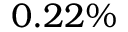
0 . 2 2 \%